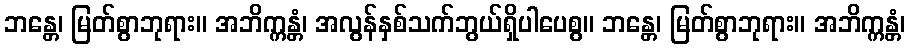
ဘန္တေ၊ မြတ်စွာဘုရား။ အဘိက္ကန္တံ၊ အလွန်နှစ်သက်ဘွယ်ရှိပါပေစွ။ ဘန္တေ၊ မြတ်စွာဘုရား။ အဘိက္ကန္တံ၊